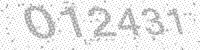
Solution: 012431